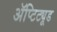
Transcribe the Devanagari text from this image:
ॲप्टिट्यूड